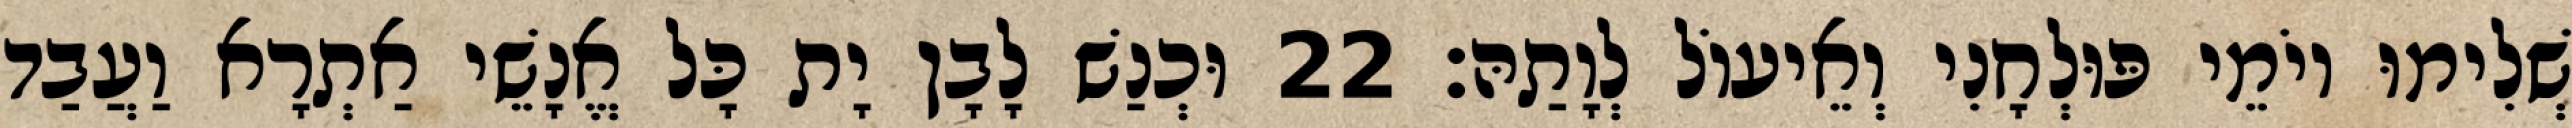
שְׁלִימוּ יוֹמֵי פּוּלְחָנִי וְאֵיעוֹל לְוָתַהּ׃ 22 וּכְנַשׁ לָבָן יָת כָּל אֱנָשֵׁי אַתְרָא וַעֲבַד